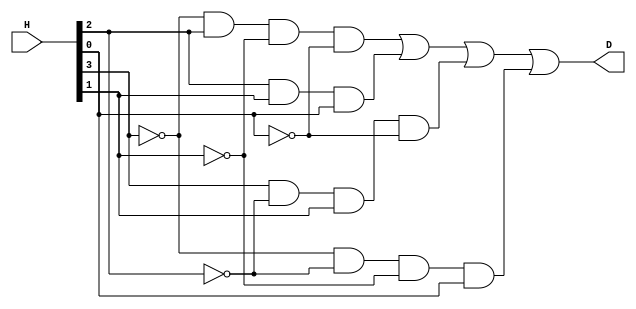
// Copyright (C) 2018  Intel Corporation. All rights reserved.
// Your use of Intel Corporation's design tools, logic functions 
// and other software and tools, and its AMPP partner logic 
// functions, and any output files from any of the foregoing 
// (including device programming or simulation files), and any 
// associated documentation or information are expressly subject 
// to the terms and conditions of the Intel Program License 
// Subscription Agreement, the Intel Quartus Prime License Agreement,
// the Intel FPGA IP License Agreement, or other applicable license
// agreement, including, without limitation, that your use is for
// the sole purpose of programming logic devices manufactured by
// Intel and sold by Intel or its authorized distributors.  Please
// refer to the applicable agreement for further details.

// PROGRAM		"Quartus Prime"
// VERSION		"Version 18.1.0 Build 625 09/12/2018 SJ Lite Edition"
// CREATED		"Thu Apr 14 12:00:15 2022"

module D_Logic(
	H,
	D
);


input wire	[3:0] H;
output wire	D;

wire	SYNTHESIZED_WIRE_12;
wire	SYNTHESIZED_WIRE_13;
wire	SYNTHESIZED_WIRE_14;
wire	SYNTHESIZED_WIRE_15;
wire	SYNTHESIZED_WIRE_8;
wire	SYNTHESIZED_WIRE_9;
wire	SYNTHESIZED_WIRE_10;
wire	SYNTHESIZED_WIRE_11;




assign	SYNTHESIZED_WIRE_8 = SYNTHESIZED_WIRE_12 & H[2] & SYNTHESIZED_WIRE_13 & SYNTHESIZED_WIRE_14;

assign	SYNTHESIZED_WIRE_11 = SYNTHESIZED_WIRE_12 & SYNTHESIZED_WIRE_15 & SYNTHESIZED_WIRE_13 & H[0];

assign	SYNTHESIZED_WIRE_10 = H[3] & SYNTHESIZED_WIRE_15 & H[1] & SYNTHESIZED_WIRE_14;

assign	SYNTHESIZED_WIRE_9 = H[2] & H[1] & H[0];

assign	D = SYNTHESIZED_WIRE_8 | SYNTHESIZED_WIRE_9 | SYNTHESIZED_WIRE_10 | SYNTHESIZED_WIRE_11;

assign	SYNTHESIZED_WIRE_15 =  ~H[2];

assign	SYNTHESIZED_WIRE_12 =  ~H[3];

assign	SYNTHESIZED_WIRE_13 =  ~H[1];

assign	SYNTHESIZED_WIRE_14 =  ~H[0];


endmodule